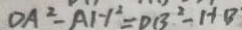
D A ^ { 2 } - A H ^ { 2 } = D B ^ { 2 } - H B